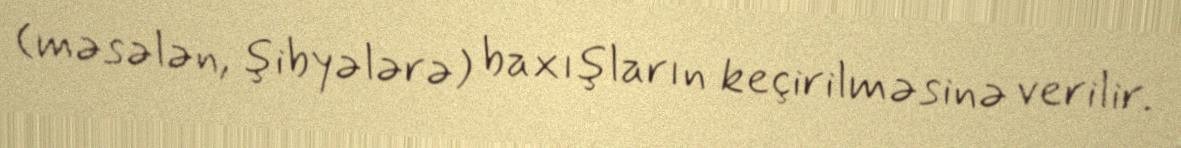
(məsələn, şibyələrə) baxışların keçirilməsinə verilir.